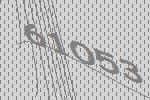
61053